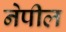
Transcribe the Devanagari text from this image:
नेपील